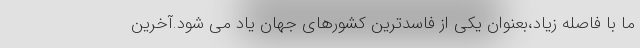
ما با فاصله زیاد،بعنوان یکی از فاسدترین کشورهای جهان یاد می شود.آخرین